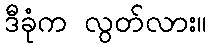
ဒီခုံက လွတ်လား။